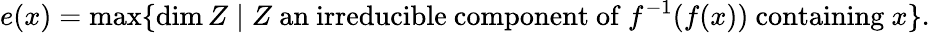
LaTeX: e(x)=\operatorname*{max}\{ \dim Z\mid Z{\mathrm{~an~irreducible~component~of~}}f^{-1}(f(x)){\mathrm{~containing~}}x\} .